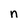
Character: n